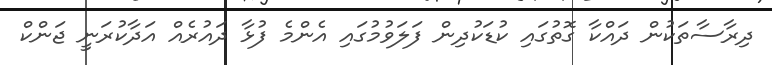
ދިރާސާތަކުން ދައްކާ ގޮތުގައި ކުޑަކުދިން ފަލަވުމުގައި އެންމެ ފުޅާ ދައުރެއް އަދާކުރަނީ ޖަންކް